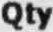
QTY